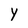
Character: Y